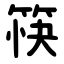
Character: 筷